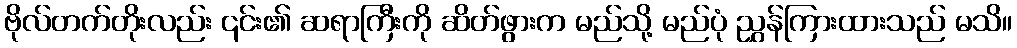
ဗိုလ်တက်တိုးလည်း ၎င်း၏ ဆရာကြီးကို ဆိတ်ဖွားက မည်သို့ မည်ပုံ ညွှန်ကြားထားသည် မသိ။